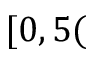
[ 0 , 5 (